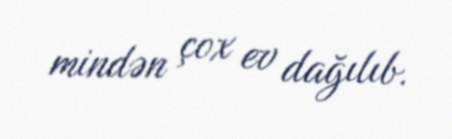
mindən çox ev dağılıb.